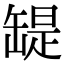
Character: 𦉁